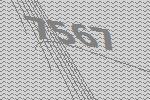
7567